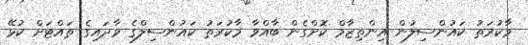
މާކުރަތު ކައުންސިލުން އިންތިޒާމް ކޮށްގެން ބާއްވާ މާކުރަތު ކައުންސިލްގެ ވާދައިގެ ތައްޓަށް ކުޅޭ